Civil Veterinary Department Bihar & Orissa reports 1922-29 - 1922-1929
Year: 1922
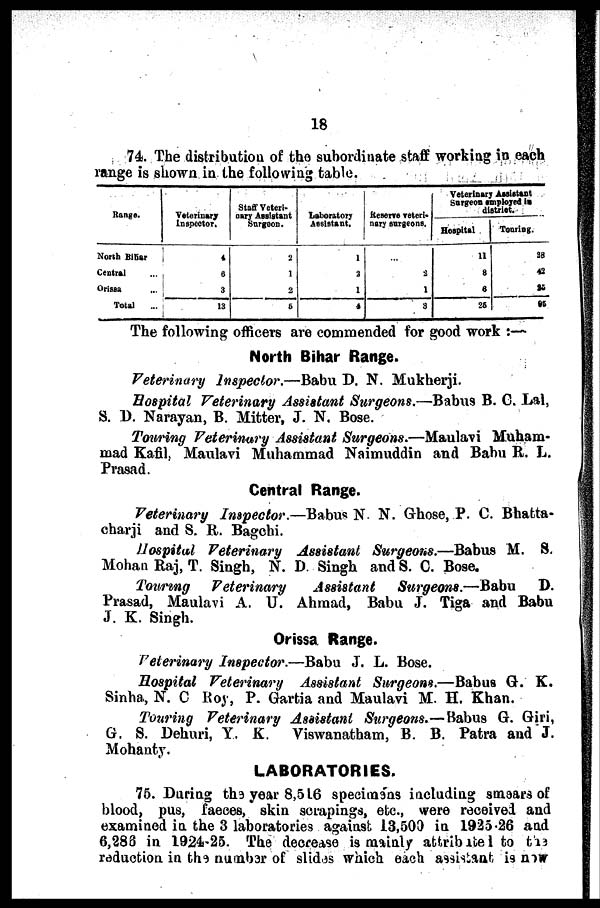
18
74. The distribution of the subordinate staff working in each
range is shown in the following table.
Range.
North Bihar
Central ...
Orisaa ...
Total ...
Veterinary
Inspector.
4
6
3
13
Staff Veteri-
nary Assistant
Surgeon.
2
1
2
5
Assistant.
1
2
1
4
nary surgeons.
...
2
1
3
Veterinary Assistant
Surgeon employed in
district.
Hospital
11
8
6
25
Touring.
28
42
25
85
The following officers are commended for good work :-
North Bihar Range.
Veterinary Inspector.—Babu D. N. Mukherji.
Hospital Veterinary Assistant Surgeons.—Babus B. C. Lal,
S. 1). Narayan, B. Mitter, J. N. Bose.
Touring Veterinary Assistant Surgeons.—Maulavi Muham-
mad Kafil Maulavi Muhammad Naimuddin and Babu R. L.
Prasad.
Central Range.
Veterinary Inspector.—Babus N N. Ghose, P. C. Bhatta-
charji and S. R. Ranchi.
Hospital Veterinary Assistant Surgeons.—Babus M. S.
Mohan Raj, T. Singh, N. D Singh and S. C. Bose.
Touring Veterinary
Assistant Surgeons.—Babu D.
Prasad, Maulavi A. U. Ahmad, Babu J. Tiga and Babu
J. K. Singh.
Orissa Range.
Veterinary Inspector.—Babu J. L. Bose.
Hospital Veterinary Assistant Surgeons.—Babus G. K.
Sinha, N. C Roy, P. Gartia and Maulavi M. H. Khan.
Touring Veterinary Assistant Surgeons.—Babus G. Giri,
G. S. Dehuri, Y. K. Viswanatham, B. B. Patra and J.
Mohanty.
LABORATORIES.
75. During the year 8,516 specimens including smsars of
blood, pus, faeces, skin scrapings, etc., were received and
examined in the 3 laboratories against 13,500 in 1925-26 and
6,283 in 1924-25. The decrease is mainly attribute 1 to the
reduction in the number of slides which each assistant is new